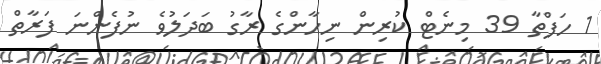
1 ހަފްތާ 39 މިނެޓް ކުރިން ނިހާންގެ ރާގު ބަދަލުވެ ނުފެންނަ ފަރާތް